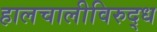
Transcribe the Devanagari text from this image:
हालचालीविरुद्ध